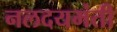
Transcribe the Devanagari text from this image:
नलदयमंती